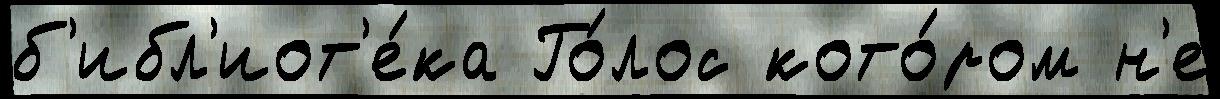
б'ибл'иот'е́ка Го́лос кото́ром н'е